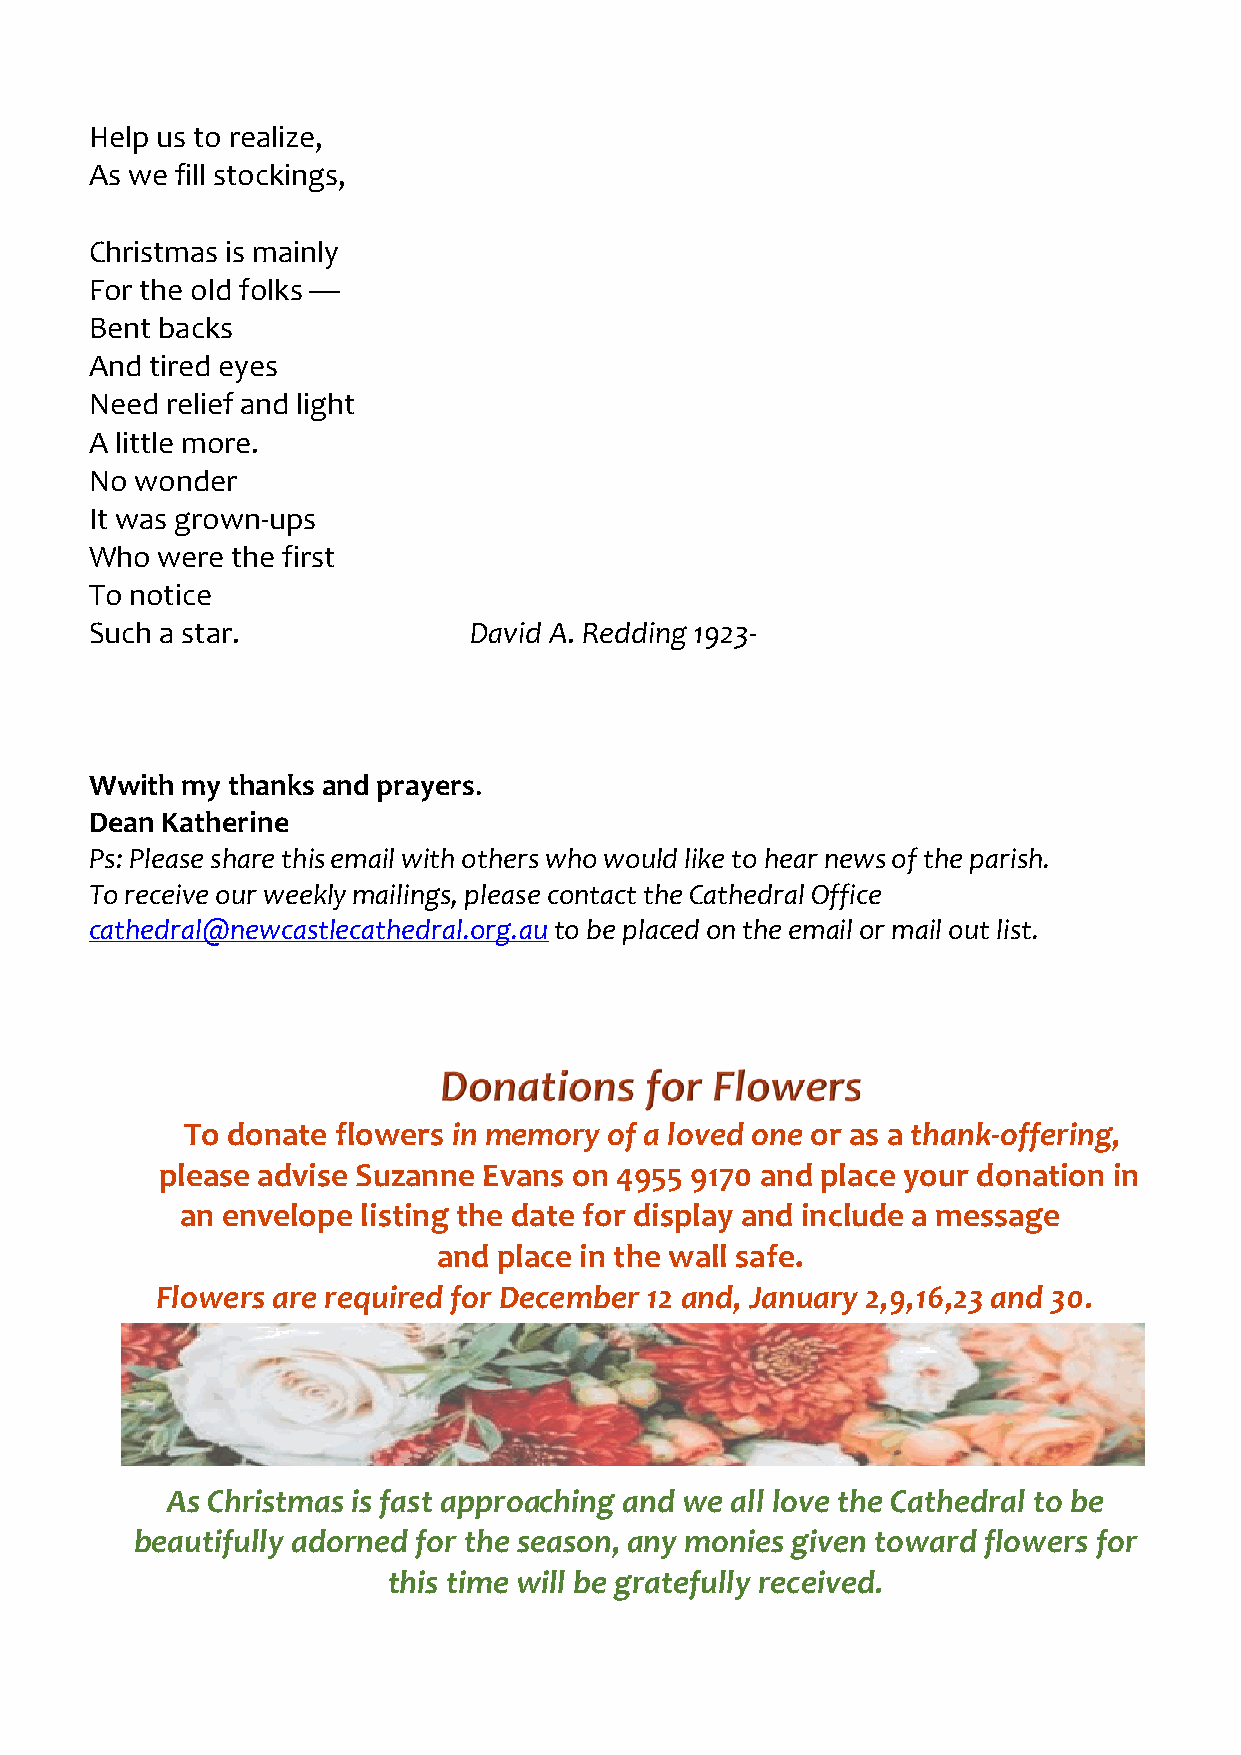
Help us to realize,
 As we fill stockings,
 Christmas is mainly
 For the old folks —
 Bent backs
 And tired eyes
 Need relief and light
 A little more.
 No wonder
 It was grown-ups
 Who were the first
 To notice
 Such a star.             David A. Redding 1923-
 Wwith my thanks and prayers.
 Dean Katherine
 Ps: Please share this email with others who would like to hear news of the parish.
 To receive our weekly mailings, please contact the Cathedral Office
 cathedral@newcastlecathedral.org.au to be placed on the email or mail out list.
 To donate flowers in memory of a loved one or as a thank-offering,
 please advise Suzanne Evans on 4955 9170 and place your donation in
 an envelope listing the date for display and include a message
 and place in the wall safe.
 Flowers are required for December 12 and, January 2,9,16,23 and 30.
 As Christmas is fast approaching and we all love the Cathedral to be
 beautifully adorned for the season, any monies given toward flowers for
 this time will be gratefully received.